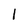
Character: l